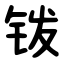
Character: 䥽